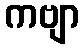
ကဗျာ